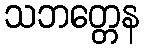
သဘတ္တေန